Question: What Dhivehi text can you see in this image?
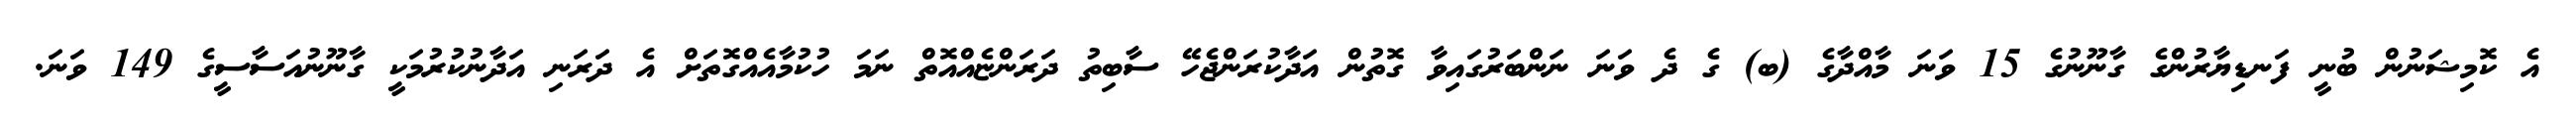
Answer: އެ ކޮމިޝަނުން ބުނީ ފަނޑިޔާރުންގެ ގާނޫނުގެ 15 ވަނަ މާއްދާގެ (ބ) ގެ ދެ ވަނަ ނަންބަރުގައިވާ ގޮތުން އަދާކުރަންޖެހޭ ސާބިތު ދަރަންޏެއްއޮތް ނަމަ ހުކުމާއެއްގޮތަށް އެ ދަރަނި އަދާނުކުރުމަކީ ގާނޫނުއަސާސީގެ 149 ވަނަ.